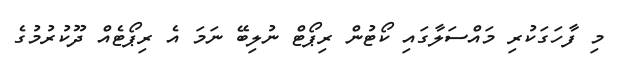
މި ފާހަގަކުރި މައްސަލާގައި ކޯޓުން ރިޕޯޓް ނުލިބޭ ނަމަ އެ ރިޕޯޓެއް ދޫކުރުމުގެ